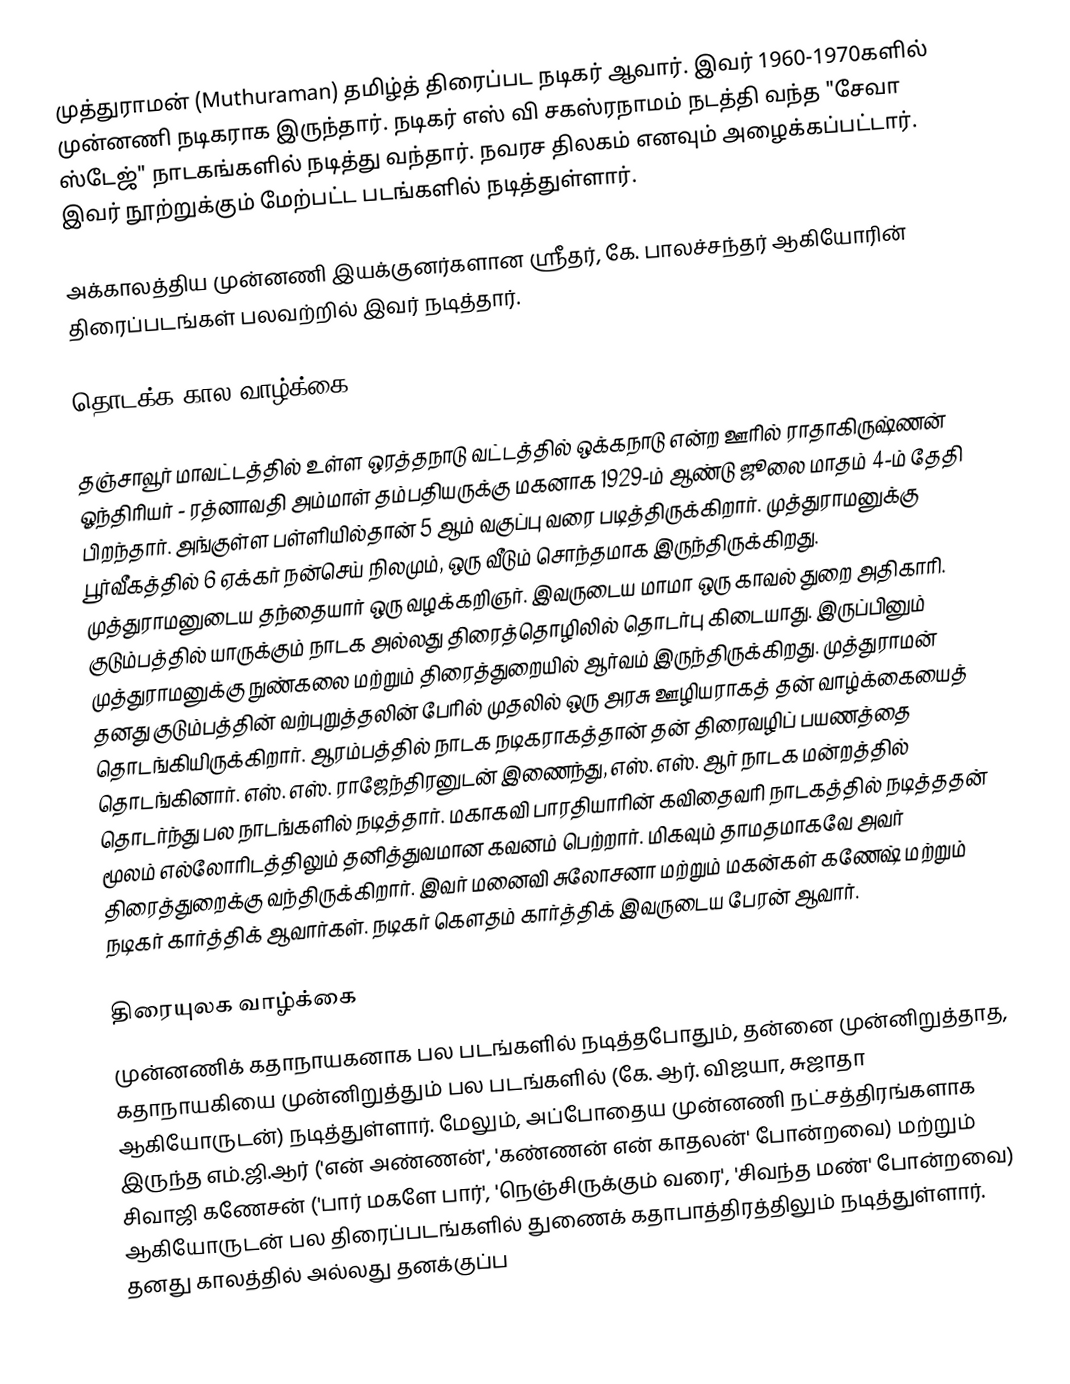
முத்துராமன் (Muthuraman) தமிழ்த் திரைப்பட நடிகர் ஆவார். இவர் 1960-1970களில் முன்னணி நடிகராக இருந்தார். நடிகர் எஸ் வி சகஸ்ரநாமம் நடத்தி வந்த  "சேவா ஸ்டேஜ்" நாடகங்களில் நடித்து வந்தார். நவரச திலகம் எனவும் அழைக்கப்பட்டார். இவர் நூற்றுக்கும் மேற்பட்ட படங்களில் நடித்துள்ளார்.

அக்காலத்திய முன்னணி இயக்குனர்களான ஸ்ரீதர், கே. பாலச்சந்தர் ஆகியோரின் திரைப்படங்கள் பலவற்றில் இவர் நடித்தார்.

தொடக்க கால வாழ்க்கை

தஞ்சாவூா் மாவட்டத்தில் உள்ள ஒரத்தநாடு வட்டத்தில் ஒக்கநாடு என்ற ஊரில் ராதாகிருஷ்ணன் ஓந்திரியர் - ரத்னாவதி அம்மாள் தம்பதியருக்கு மகனாக 1929-ம் ஆண்டு ஜூலை மாதம் 4-ம் தேதி பிறந்தார். அங்குள்ள பள்ளியில்தான் 5 ஆம் வகுப்பு வரை படித்திருக்கிறார். முத்துராமனுக்கு பூர்வீகத்தில் 6 ஏக்கர் நன்செய் நிலமும், ஒரு வீடும் சொந்தமாக இருந்திருக்கிறது. முத்துராமனுடைய தந்தையார் ஒரு வழக்கறிஞர். இவருடைய மாமா ஒரு காவல் துறை அதிகாரி. குடும்பத்தில் யாருக்கும் நாடக அல்லது திரைத்தொழிலில் தொடர்பு கிடையாது. இருப்பினும் முத்துராமனுக்கு நுண்கலை மற்றும் திரைத்துறையில் ஆர்வம் இருந்திருக்கிறது. முத்துராமன் தனது குடும்பத்தின் வற்புறுத்தலின் பேரில் முதலில் ஒரு அரசு ஊழியராகத் தன் வாழ்க்கையைத் தொடங்கியிருக்கிறார். ஆரம்பத்தில் நாடக நடிகராகத்தான் தன் திரைவழிப் பயணத்தை தொடங்கினார். எஸ். எஸ். ராஜேந்திரனுடன் இணைந்து, எஸ். எஸ். ஆர் நாடக மன்றத்தில் தொடர்ந்து பல நாடங்களில் நடித்தார். மகாகவி பாரதியாரின் கவிதைவரி நாடகத்தில் நடித்ததன் மூலம் எல்லோரிடத்திலும் தனித்துவமான கவனம் பெற்றார்.  மிகவும் தாமதமாகவே அவர் திரைத்துறைக்கு வந்திருக்கிறார். இவர் மனைவி சுலோசனா மற்றும் மகன்கள் கணேஷ் மற்றும் நடிகர் கார்த்திக் ஆவார்கள். நடிகர் கௌதம் கார்த்திக் இவருடைய பேரன் ஆவார்.

திரையுலக வாழ்க்கை
முன்னணிக் கதாநாயகனாக பல படங்களில் நடித்தபோதும், தன்னை முன்னிறுத்தாத, கதாநாயகியை முன்னிறுத்தும் பல படங்களில் (கே. ஆர். விஜயா, சுஜாதா ஆகியோருடன்) நடித்துள்ளார். மேலும், அப்போதைய முன்னணி நட்சத்திரங்களாக இருந்த எம்.ஜி.ஆர் ('என் அண்ணன்', 'கண்ணன் என் காதலன்' போன்றவை) மற்றும் சிவாஜி கணேசன் ('பார் மகளே பார்', 'நெஞ்சிருக்கும் வரை', 'சிவந்த மண்' போன்றவை) ஆகியோருடன் பல திரைப்படங்களில் துணைக் கதாபாத்திரத்திலும் நடித்துள்ளார். தனது காலத்தில் அல்லது தனக்குப்ப